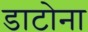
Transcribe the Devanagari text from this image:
डाटोना